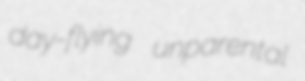
day-flying unparental